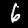
Digit: 6